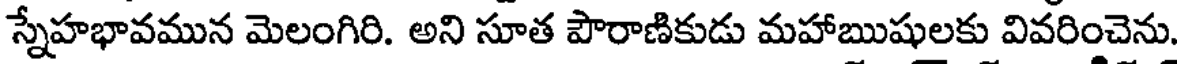
స్నేహభావమున మెలంగిరి. అని సూత పౌరాణికుడు మహాఋషులకు వివరించెను